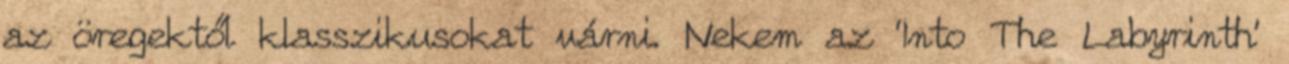
az öregektől klasszikusokat várni. Nekem az ‘Into The Labyrinth’